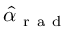
\hat { \alpha } _ { \mathrm { ~ r ~ a ~ d ~ } }